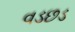
વડછડ